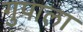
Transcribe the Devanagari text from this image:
गुपाला